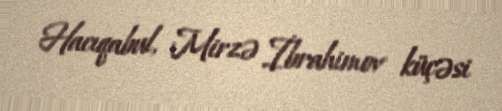
Hacıqabul, Mirzə İbrahimov küçəsi